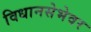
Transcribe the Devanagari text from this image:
विधानसेभेवर